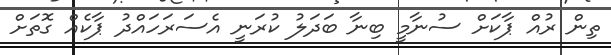
ތިން ރުއް ޕާކަށް ސުނާމީ ބިނާ ބަދަލު ކުރަނީ އެސަރަހައްދު ޕާކެއް ގޮތަށް